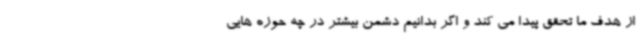
از هدف ما تحقق پیدا می کند و اگر بدانیم دشمن بیشتر در چه حوزه هایی